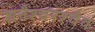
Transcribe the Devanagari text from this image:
शनैश्चरश्चैव